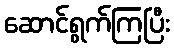
ဆောင်ရွက်ကြပြီး